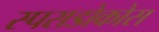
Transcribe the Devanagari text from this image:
स्पराडोकोस